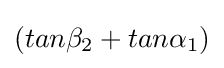
(tan\beta _{2}+tan\alpha _{1})